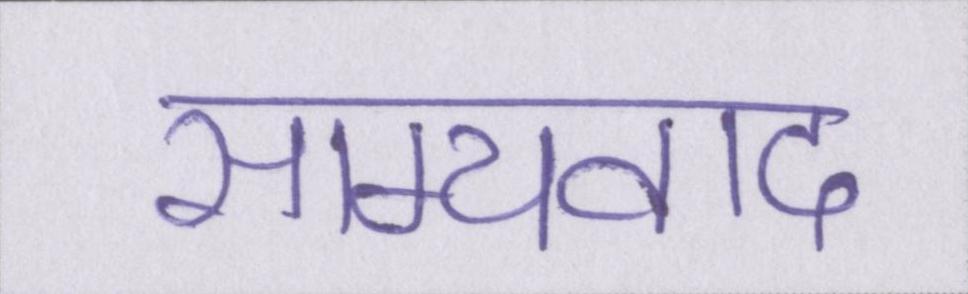
साम्यवाद